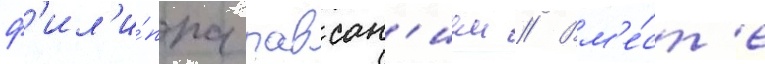
ф'ил'и́ппа павсан'ием // Вм'е́ст'е